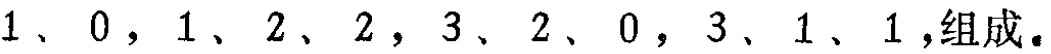
$1、0，1、2、2，3、2、0，3、1、1，组成。$